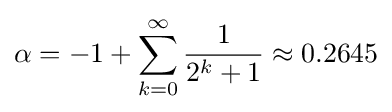
\alpha =-1+\sum _{k=0}^{\infty }{\frac {1}{2^{k}+1}}\approx 0.2645